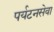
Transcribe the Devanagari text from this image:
पर्यटनसेवा